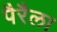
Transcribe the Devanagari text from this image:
पैरैला